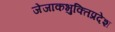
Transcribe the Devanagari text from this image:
जेजाकभुक्तिप्रदेश